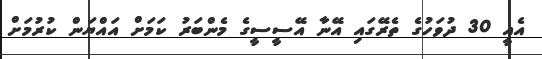
އެއީ 30 ދުވަހުގެ ތެރޭގައި އޭނާ އޭސީސީގެ މެންބަރު ކަމަށް އައްޔަން ކުރުމަށް